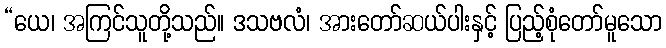
“ယေ၊ အကြင်သူတို့သည်။ ဒသဗလံ၊ အားတော်ဆယ်ပါးနှင့် ပြည့်စုံတော်မူသော